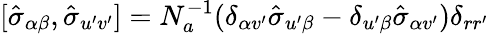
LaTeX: [\hat{\sigma}_{\alpha\beta},\hat{\sigma}_{u^{\prime}v^{\prime}}]=N_{a}^{-1}(\delta_{\alpha v^{\prime}}\hat{\sigma}_{u^{\prime}\beta}-\delta_{u^{\prime}\beta}\hat{\sigma}_{\alpha v^{\prime}})\delta_{{rr^{\prime}}}